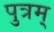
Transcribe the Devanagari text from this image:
पुत्रम्‌